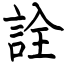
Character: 詮